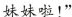
妹妹啦!”